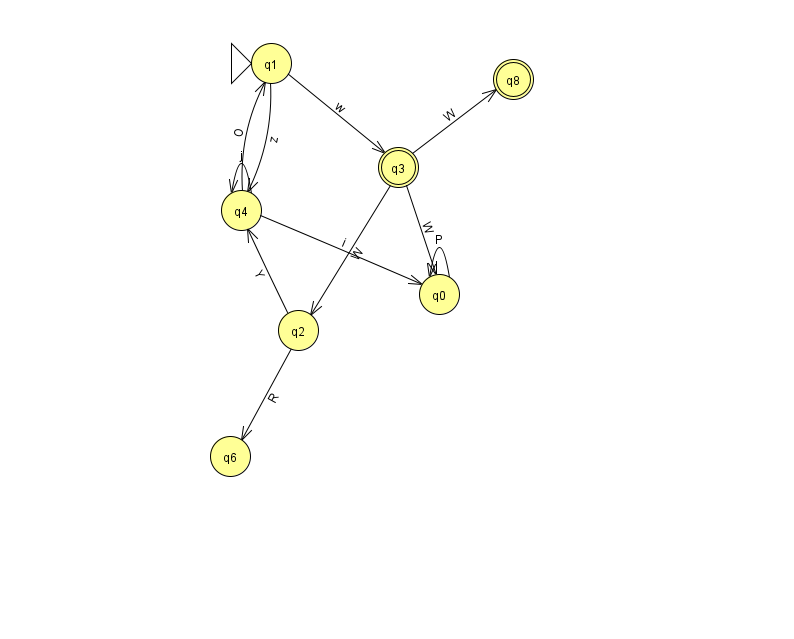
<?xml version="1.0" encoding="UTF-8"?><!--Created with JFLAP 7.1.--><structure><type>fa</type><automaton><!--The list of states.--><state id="0" name="q0"><x>439.0</x><y>281.0</y></state><state id="1" name="q1"><x>271.0</x><y>50.0</y><initial/></state><state id="2" name="q2"><x>298.0</x><y>317.0</y></state><state id="3" name="q3"><x>398.0</x><y>154.0</y><final/></state><state id="4" name="q4"><x>241.0</x><y>197.0</y></state><state id="6" name="q6"><x>230.0</x><y>443.0</y></state><state id="8" name="q8"><x>513.0</x><y>66.0</y><final/></state><!--The list of transitions.--><transition><from>0</from><to>0</to><read>P</read></transition><transition><from>1</from><to>4</to><read>z</read></transition><transition><from>3</from><to>0</to><read>W</read></transition><transition><from>3</from><to>2</to><read>W</read></transition><transition><from>2</from><to>6</to><read>R</read></transition><transition><from>1</from><to>3</to><read>w</read></transition><transition><from>4</from><to>1</to><read>O</read></transition><transition><from>3</from><to>8</to><read>W</read></transition><transition><from>2</from><to>4</to><read>Y</read></transition><transition><from>4</from><to>0</to><read>i</read></transition><transition><from>4</from><to>4</to><read>j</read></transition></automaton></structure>